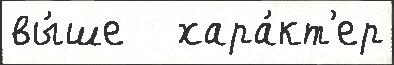
вы́ше   хара́кт'ер